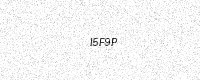
Text: I5F9P